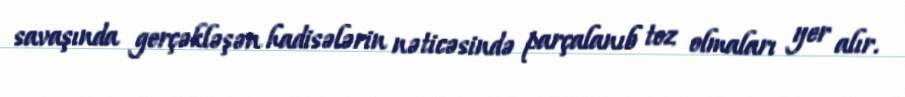
savaşında gerçəkləşən hadisələrin nəticəsində parçalanıb toz olmaları yer alır.